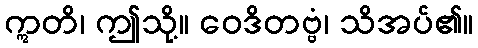
ဣတိ၊ ဤသို့။ ဝေဒိတဗ္ဗံ၊ သိအပ်၏။